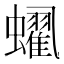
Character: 𲀐